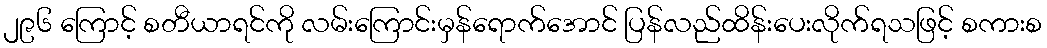
၂၉၆ ကြောင့် စတီယာရင်ကို လမ်းကြောင်းမှန်ရောက်အောင် ပြန်လည်ထိန်းပေးလိုက်ရသဖြင့် စကားစ